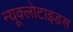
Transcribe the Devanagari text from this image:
न्यूक्लोटाइडस